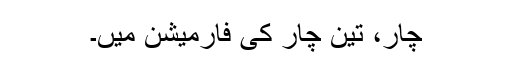
چار، تین چار کی فارمیشن میں۔